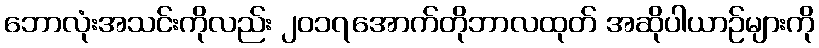
ဘောလုံးအသင်းကိုလည်း ၂၀၁၇အောက်တိုဘာလထုတ် အဆိုပါယာဉ်များကို